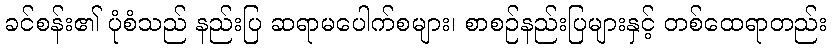
ခင်စန်း၏ ပုံစံသည် နည်းပြ ဆရာမပေါက်စများ၊ စာစဉ်နည်းပြများနှင့် တစ်ထေရာတည်း